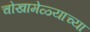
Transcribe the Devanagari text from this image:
चोखामेळ्याच्या